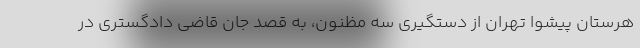
هرستان پیشوا تهران از دستگیری سه مظنون، به قصد جان قاضی دادگستری در